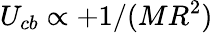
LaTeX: U_{cb}\propto+1/(MR^{2})